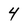
Character: 4